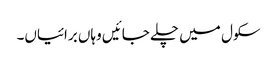
سکول میں چلے جائیں وہاں برائیاں۔